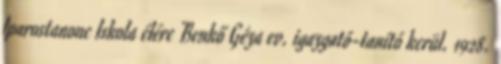
Iparostanonc Iskola élére Benkő Géza ev. igazgató-tanító kerül. 1928.